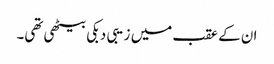
ان کے عقب میں زیبی دبکی بیٹھی تھی۔